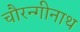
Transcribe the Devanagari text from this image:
चौरन्गीनाथ